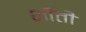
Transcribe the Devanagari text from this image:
शीती